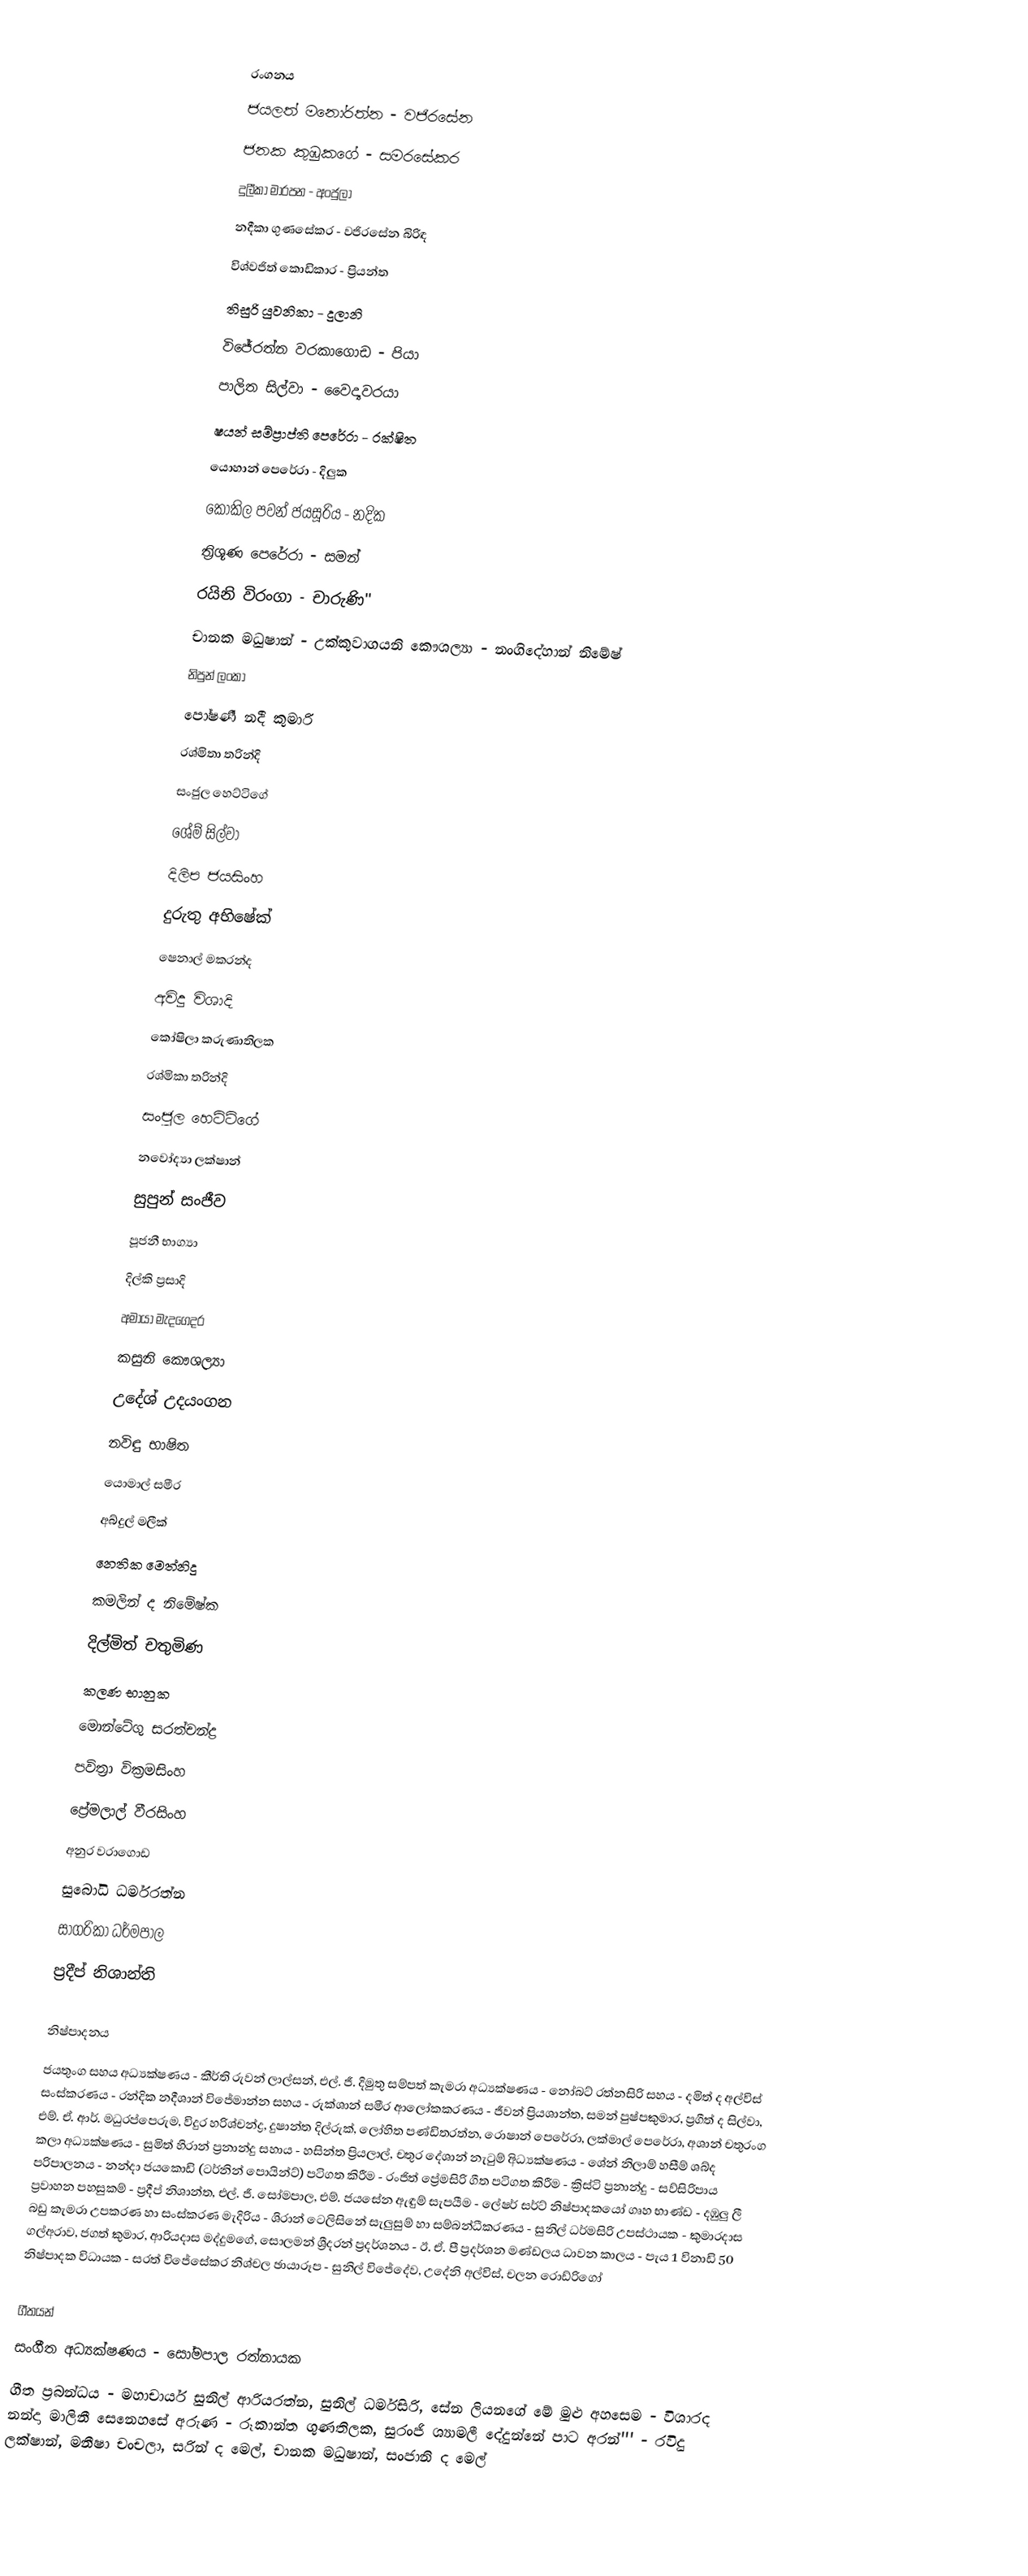

රංගනය
ජයලත් මනෝරත්න - වජිරසේන
ජනක කුඹුකගේ - සමරසේකර
දුලීකා මාරපන - අංජුලා
නදීකා ගුණසේකර - වජිරසේන බිරිඳ
විශ්වජිත් කොඩිකාර - ප්‍රියන්ත
තිසුරි යුවනිකා - දුලානි
විජේරත්න වරකාගොඩ - පියා
පාලිත සිල්වා - වෛද්‍යවරයා
ෂයන් සම්ප්‍රාප්ති පෙරේරා - රක්ෂිත
යොහාන් පෙරේරා - දිලුක
කෝකිල පවන් ජයසූරිය - නදික
ත්‍රිශූණ පෙරේරා - සමන්
රයිනි විරංගා - චාරුණි''
චානක මධුෂාන් - උක්කුවාගයනි කෞශල්‍යා - නංගිදේහාන් නිමේෂ්
නිපුන් ලංකා
පෝෂණී නදී කුමාරි
රශ්මිතා තරින්දි
සංජුල හෙට්ටිගේ
ශේම් සිල්වා
දිලිප ජයසිංහ
දුරුතු අභිෂේක්
ෂෙනාල් මකරන්ද
අවිදු විශාදි
කෝෂිලා කරුණාතිලක
රශ්මිකා තරින්දි
සංජුල හෙට්ටිගේ
නවෝද්‍යා ලක්ෂාන්
සුපුන් සංජීව
පූජනී භාග්‍යා
දිල්කි ප්‍රසාදි
අමායා මැදගෙදර
කසුනි කෞශල්‍යා
උදේශ් උදයංගන
නවිඳු භාෂිත
යොමාල් සමීර
අබ්දුල් මලීක්
නෙතික මෙත්නිදු
කමලින් ද නිමේෂ්ක
දිල්මිත් චතුමිණ
කලණ භානුක
මොන්ටේගු සරත්චන්ද්‍ර
පවිත්‍රා වික්‍රමසිංහ
ප්‍රේමලාල් වීරසිංහ
අනුර වරාගොඩ
සුබෝධි ධර්මරත්න
සාගරිකා ධර්මපාල
ප්‍රදීප් නිශාන්ති

නිෂ්පාදනය
ජයතුංග සහය අධ්‍යක්ෂණය - කීර්ති රුවන් ලාල්සන්, එල්. ජී. දිමුතු සම්පත් කැමරා අධ්‍යක්ෂණය - නෝබට් රත්නසිරි සහය - දමිත් ද අල්විස් සංස්කරණය - රන්දික නදීශාන් විජේමාන්න සහය - රුක්ශාන් සමීර ආලෝකකරණය - ජීවන් ප්‍රියශාන්ත, සමන් පුෂ්පකුමාර, ප්‍රගීත් ද සිල්වා, එම්. ඒ. ආර්. මධුරප්පෙරුම, විදුර හරිශ්චන්ද්‍ර, දුෂාන්ත දිල්රුක්, ලෝහිත පණ්ඩිතරත්න, රොෂාන් පෙරේරා, ලක්මාල් පෙරේරා, අශාන් චතුරංග කලා අධ්‍යක්ෂණය - සුමිත් හිරාන් ප්‍රනාන්දු සහාය - හසින්ත ප්‍රියලාල්, චතුර දේශාන් නැටුම් අිධ්‍යක්ෂණය - ශේන් නිලාම් හසීම් ශබ්ද පරිපාලනය - නන්දා ජයකොඩි (ටර්නින් පොයින්ට්) පටිගත කිරීම - රංජිත් ප්‍රේමසිරි ගීත පටිගත කිරීම - ක්‍රිස්ටි ප්‍රනාන්දු - සව්සිරිපාය ප්‍රවාහන පහසුකම් - ප්‍රදීප් නිශාන්ත, එල්. ජී. සෝමපාල, එම්. ජයසේන ඇඳුම් සැපයීම - ලේෂර් සර්ට් නිෂ්පාදකයෝ ගෘහ භාණ්ඩ - දඹුලු ලී බඩු කැමරා උපකරණ හා සංස්කරණ මැදිරිය - ශිරාන් ටෙලිසිනේ සැලුසුම් හා සම්බන්ධීකරණය - සුනිල් ධර්මසිරි උපස්ථායක - කුමාරදාස ගල්අරාව, ජගත් කුමාර, ආරියදාස මද්දුමගේ, සොලමන් ශ්‍රීදරන් ප්‍රදර්ශනය - ඊ. ඒ. පී ප්‍රදර්ශන මණ්ඩලය ධාවන කාලය - පැය 1 විනාඩි 50 නිෂ්පාදක විධායක - සරත් විජේසේකර නිශ්චල ඡායාරූප - සුනිල් විජේදේව, උදේනි අල්විස්, චලන රොඩ්රිගෝ

 ගීතයන්
සංගීත අධ්‍යක්ෂණය - සෝමපාල රත්නායක
ගීත ප්‍රබන්ධය - මහාචාර්ය සුනිල් ආරියරත්න, සුනිල් ධර්මසිරි, සේන ලියනගේ මේ මුළු අහසෙම - විශාරද නන්දා මාලිනී සෙනෙහසේ අරුණ - රූකාන්ත ගුණතිලක, සුරංජි ශ්‍යාමලී දේදුන්නේ පාට අරන්''' - රවිදු ලක්ෂාන්, මනීෂා චංචලා, සරින් ද මෙල්, චානක මධුෂාන්, සංජානි ද මෙල්